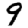
Digit: 9